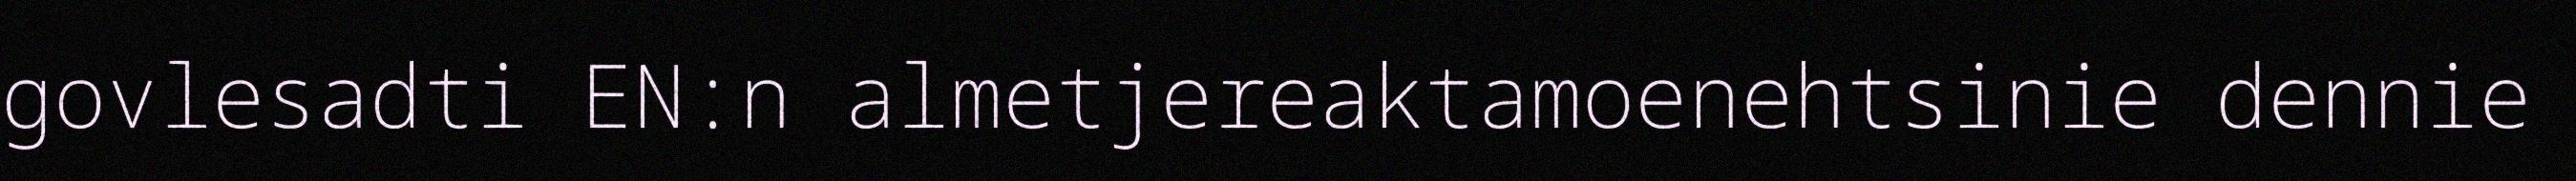
govlesadti EN:n almetjereaktamoenehtsinie dennie